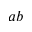
a b